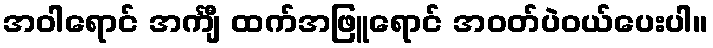
အဝါရောင် အင်္ကျီ ထက်အဖြူရောင် အဝတ်ပဲဝယ်ပေးပါ။